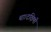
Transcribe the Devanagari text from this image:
था।दक्षिणी